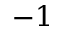
- 1